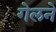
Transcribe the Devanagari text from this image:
गेलने